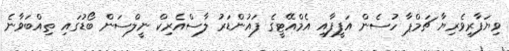
ވިޔަފާރިވެރިޔާ ޗަމްޕާ ހުސެން އަފީފާއި އެމްއޭޓީގެ ފައުންޑަރު ލާސްއެރިކް ނީލްސަން ބޯޑުގައި ތިއްބަވާނެ